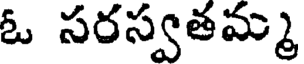
ఓ సరస్వతమ్మ